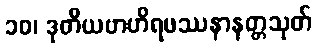
၁၀၊ ဒုတိယဗာဟိရဖဿနာနတ္တသုတ်